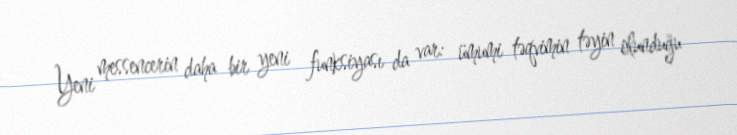
Yeni messencerin daha bir yeni funksiyası da var: ümumi təqvimin təyin olunduğu